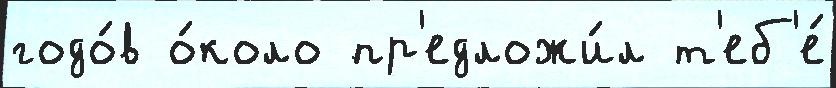
годо́в о́коло пр'едложи́л т'еб'е́